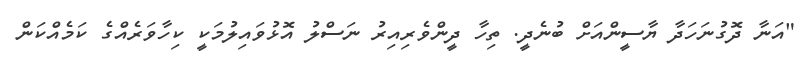
"އަނާ ދޮގުނަހަދާ ޔާސީންއަށް ބުނެދީ. ތިހާ ދީންވެރިއިރު ނަސްލު އޮޅުވައިލުމަކީ ކިހާވަރެއްގެ ކަމެއްކަން